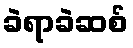
ခဲရာခဲဆစ်